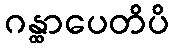
ဂန္ထာပေတိပိ